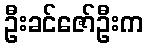
ဦးခင်ဇော်ဦးက